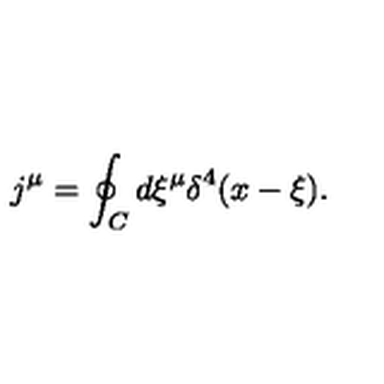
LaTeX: j ^ { \mu } = \oint _ { C } d \xi ^ { \mu } \delta ^ { 4 } ( x - \xi ) .